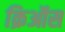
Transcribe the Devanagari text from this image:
क्रिऑस